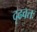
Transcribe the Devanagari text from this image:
दृढवतः